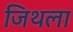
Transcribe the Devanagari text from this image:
जिथला